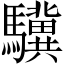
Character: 驥